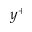
y ^ { + }